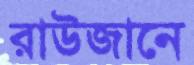
রাউজানে